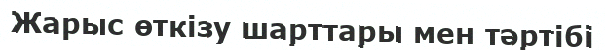
Жарыс өткізу шарттары мен тәртібі